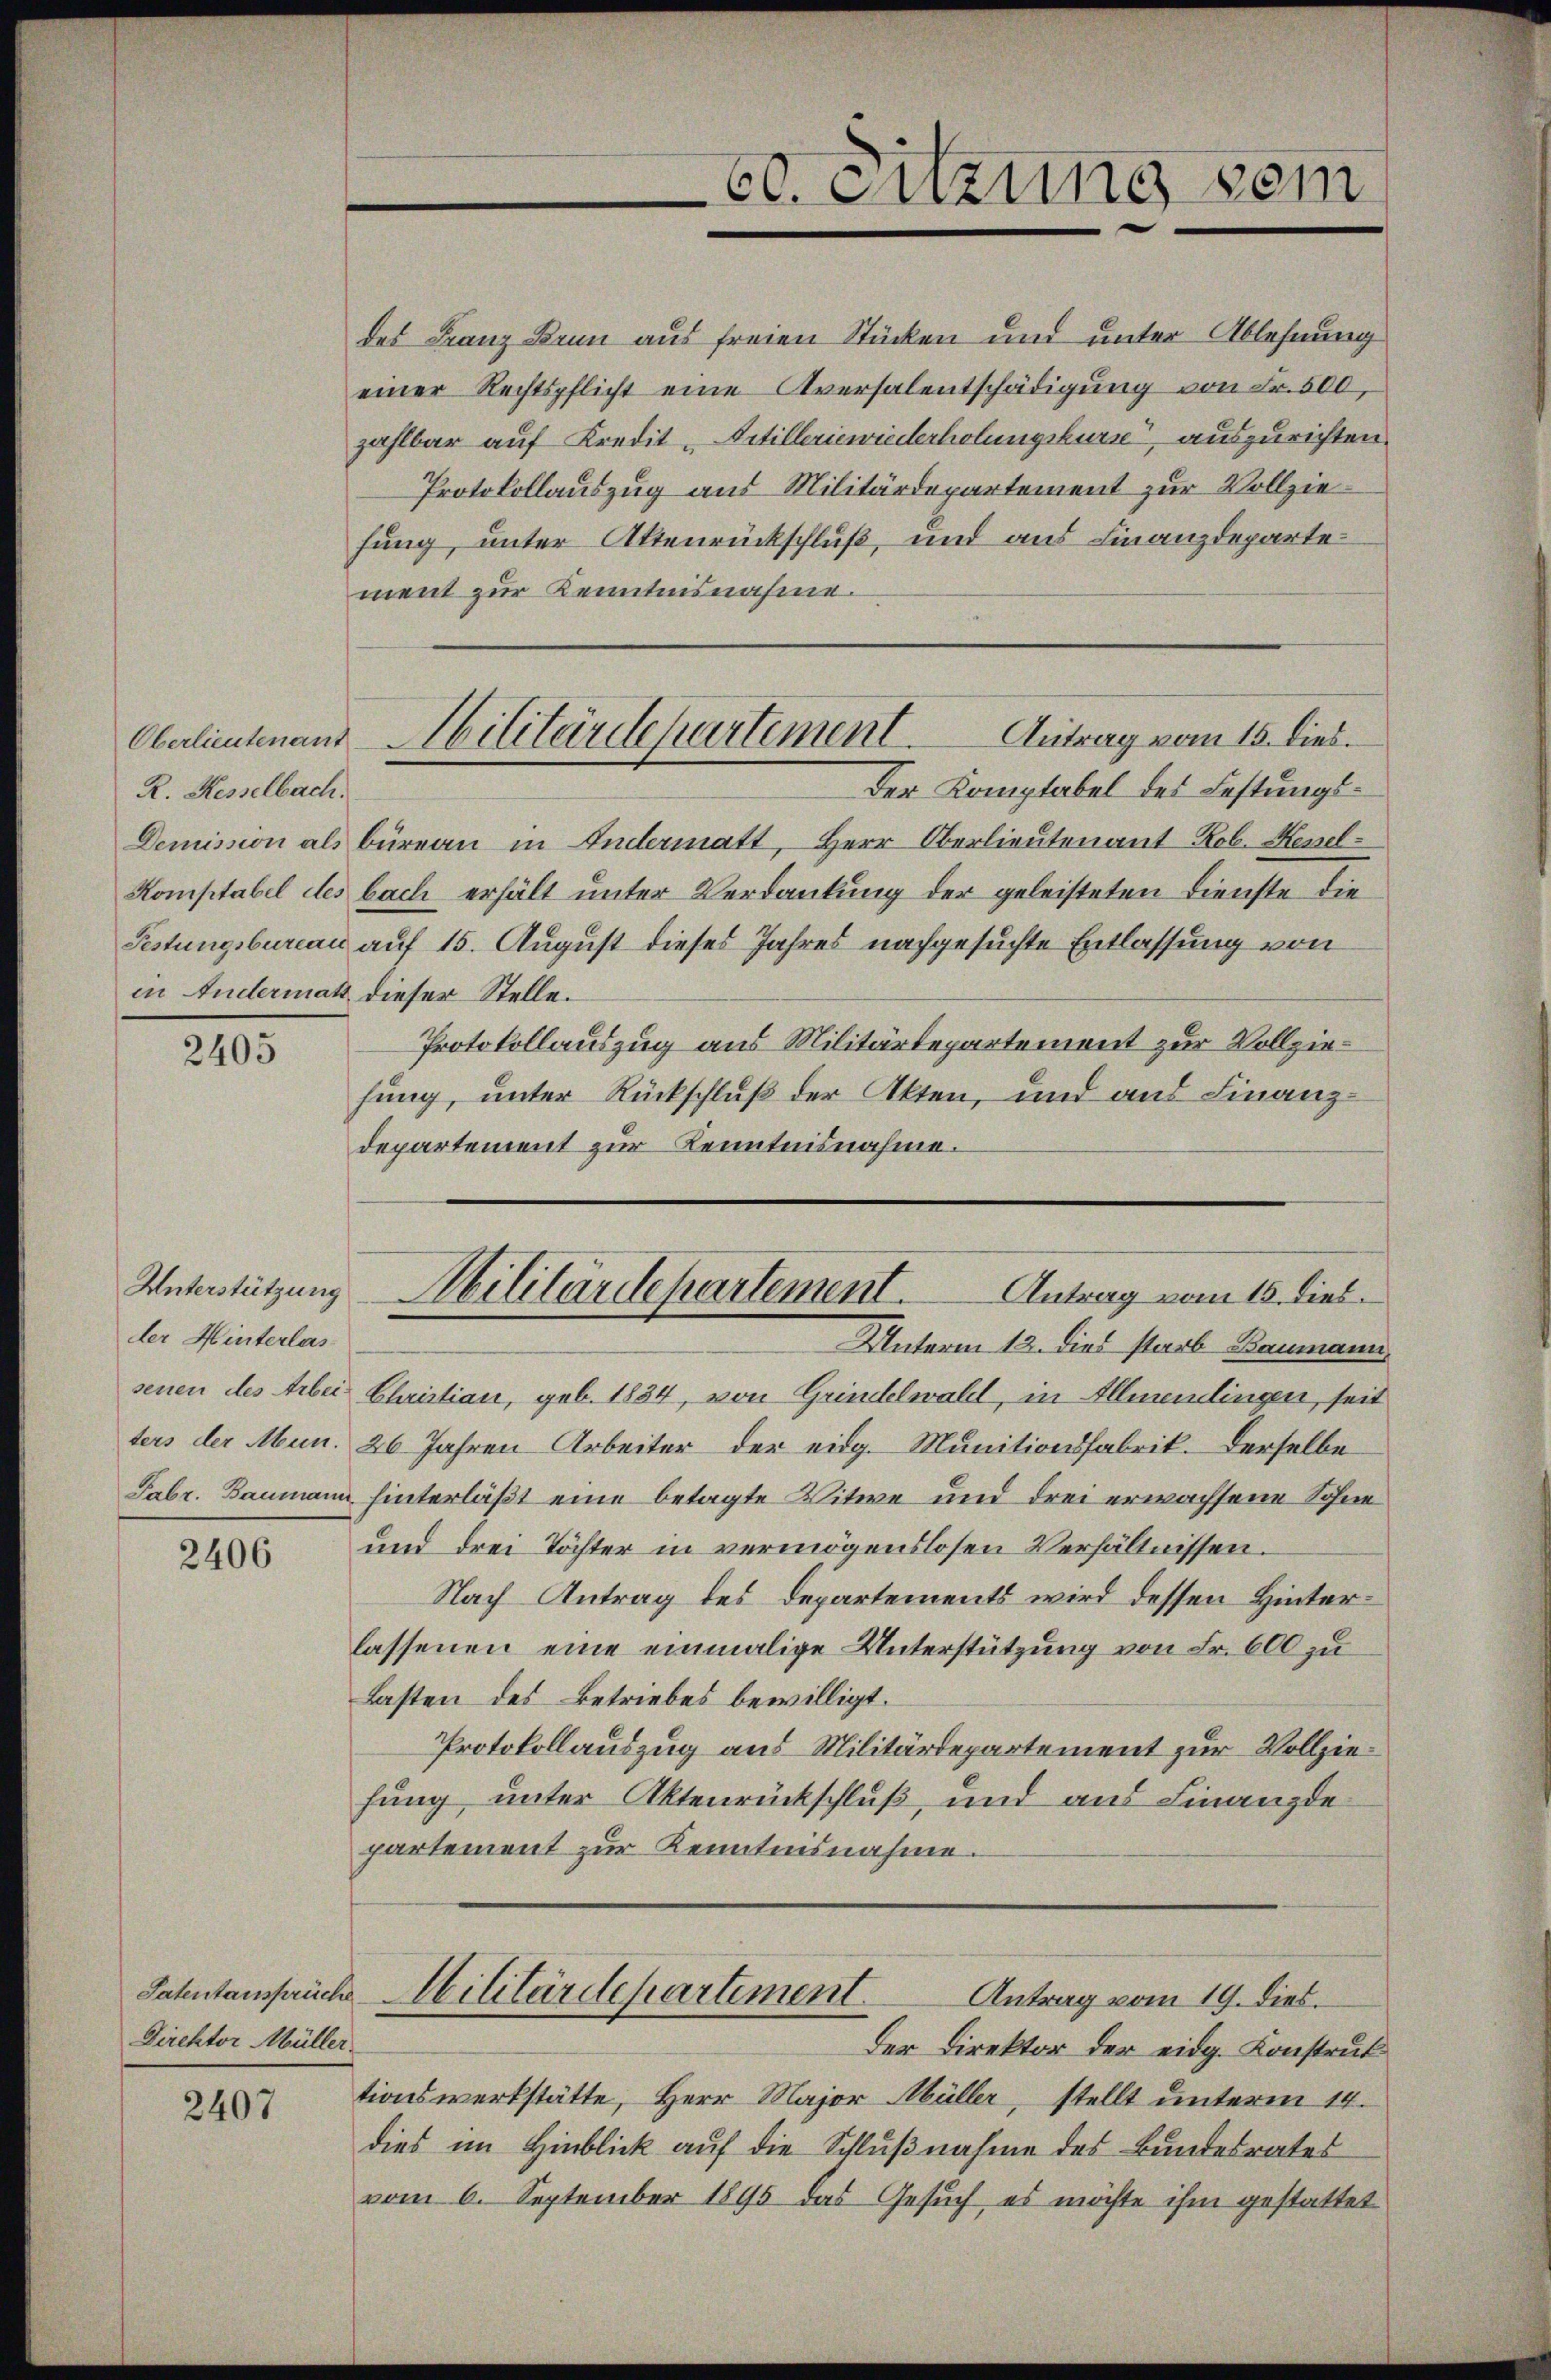
Oberlieutenant
R. Resselbach.
in Andermat dieser Stelle.

2405

Unterstützung
der Hinterlassenen des Arbei¬

2406

Direktor Müller

2407

des Franz Bann aus freien Stücken und unter Ablehnung
einer Rechtspflicht eine Aversalentschädigung von Fr. 500,
zahlbar auf Kredit-Artilleriewiederholungskurse auszurichten
Protokollauszug aus Militärdepartement zur Vollziehung, unter Attenrückschluß, und aus Finanzdepartement zur Kenntnisnahme.
Der Komptabel des Festungs¬
Demission als büreau in Andermatt, Herr Oberlieutenant Rob. Kessel¬
Komptabel des bach erhält unter Verdankung der geleisteten Dienste die
Festungsbureau auf 15. August dieses Jahres nachgesuchte Entlassung von
Protokollauszug aus Militärdepartement zur Vollziehung, unter Rückschluß der Akten, und aus Finanzdepartement zur Kenntnisnahme.
Militärdepartement.
Antrag vom 15. dies
Unterm 13. dies starb Baumann.
Christian, geb. 1834, von Grindelwald, in Allmendingen, seit
ters der Aben. 26. Jahren Arbeiter der eidg. Munitionsfabrik. Derselbe
Febr. Baumann hinterläßt eine betagte Witwe und drei erwachsene Sohne
und drei Töchter in vermögenslosen Verhältnissen.
Nach Antrag des Departements wird dessen Hinterlassenen eine einmalige Unterstützung von Fr. 600 zu
Lasten des Betriebes bewilligt.
Protokollauszug aus Militärdepartement zur Vollziehung unter Aktenrückschluß, und aus Finanzde
partement zur Kenntnisnahme.
Patentansprüche Militärdepartement
Antrag vom 19. dies.
Der Direktor der eidg. Konstruk
tionswerkstätte, Herr Major Müller, stellt unterm 14.
dies im Hinblick auf die Schlußnahme des Bundesrates
vom 6. September 1895 das Gesuch es möchte ihm gestattet

Abilitärschartement. Antrag vom 15. dies

60. Einzung sein